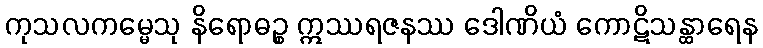
ကုသလကမ္မေသု နိရောဓဉ္စ ဣဿရဇနဿ ဒေါဏိယံ ကောဋိသန္ထာရေန